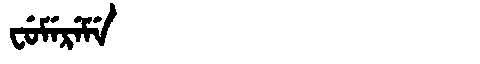
Manchu: ᠸᡠᠮᡝᡵᡝᠮᡝ
Romanization: FUMEREME